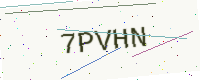
Text: 7PVHN